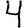
Digit: 4